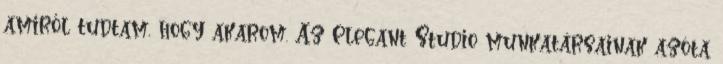
amiről tudtam, hogy akarom. Az Elegant Studio munkatársainak azóta